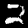
Digit: 2